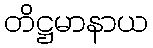
တိဋ္ဌမာနာယ